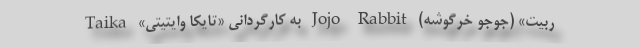
ربیت» (جوجو خرگوشه) Jojo Rabbit به کارگردانی «تایکا وایتیتی» Taika